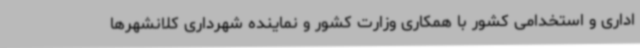
اداری و استخدامی کشور با همکاری وزارت کشور و نماینده شهرداری کلانشهرها